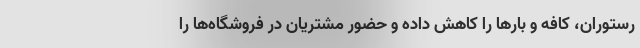
رستوران‌، کافه و بارها را کاهش داده و حضور مشتریان در فروشگاه‌ها را